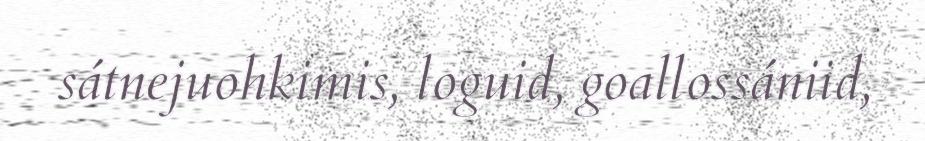
sátnejuohkimis, loguid, goallossániid,